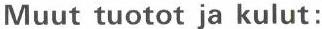
Muut tuotot ja kulut: